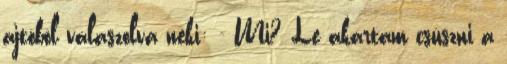
ajtóból válaszolva neki: - Mi? Le akartam csúszni a